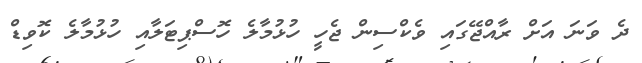
ދެ ވަނަ އަށް ރާއްޖޭގައި ވެކްސިން ޖެހީ ހުޅުމާލެ ހޮސްޕިޓަލާއި ހުޅުމާލެ ކޮވިޑް